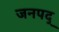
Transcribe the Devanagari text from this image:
जनपद्